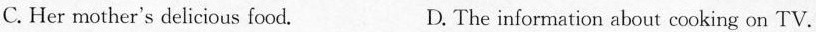
C. Her mother's delicious food. D. The information about cooking on TV.